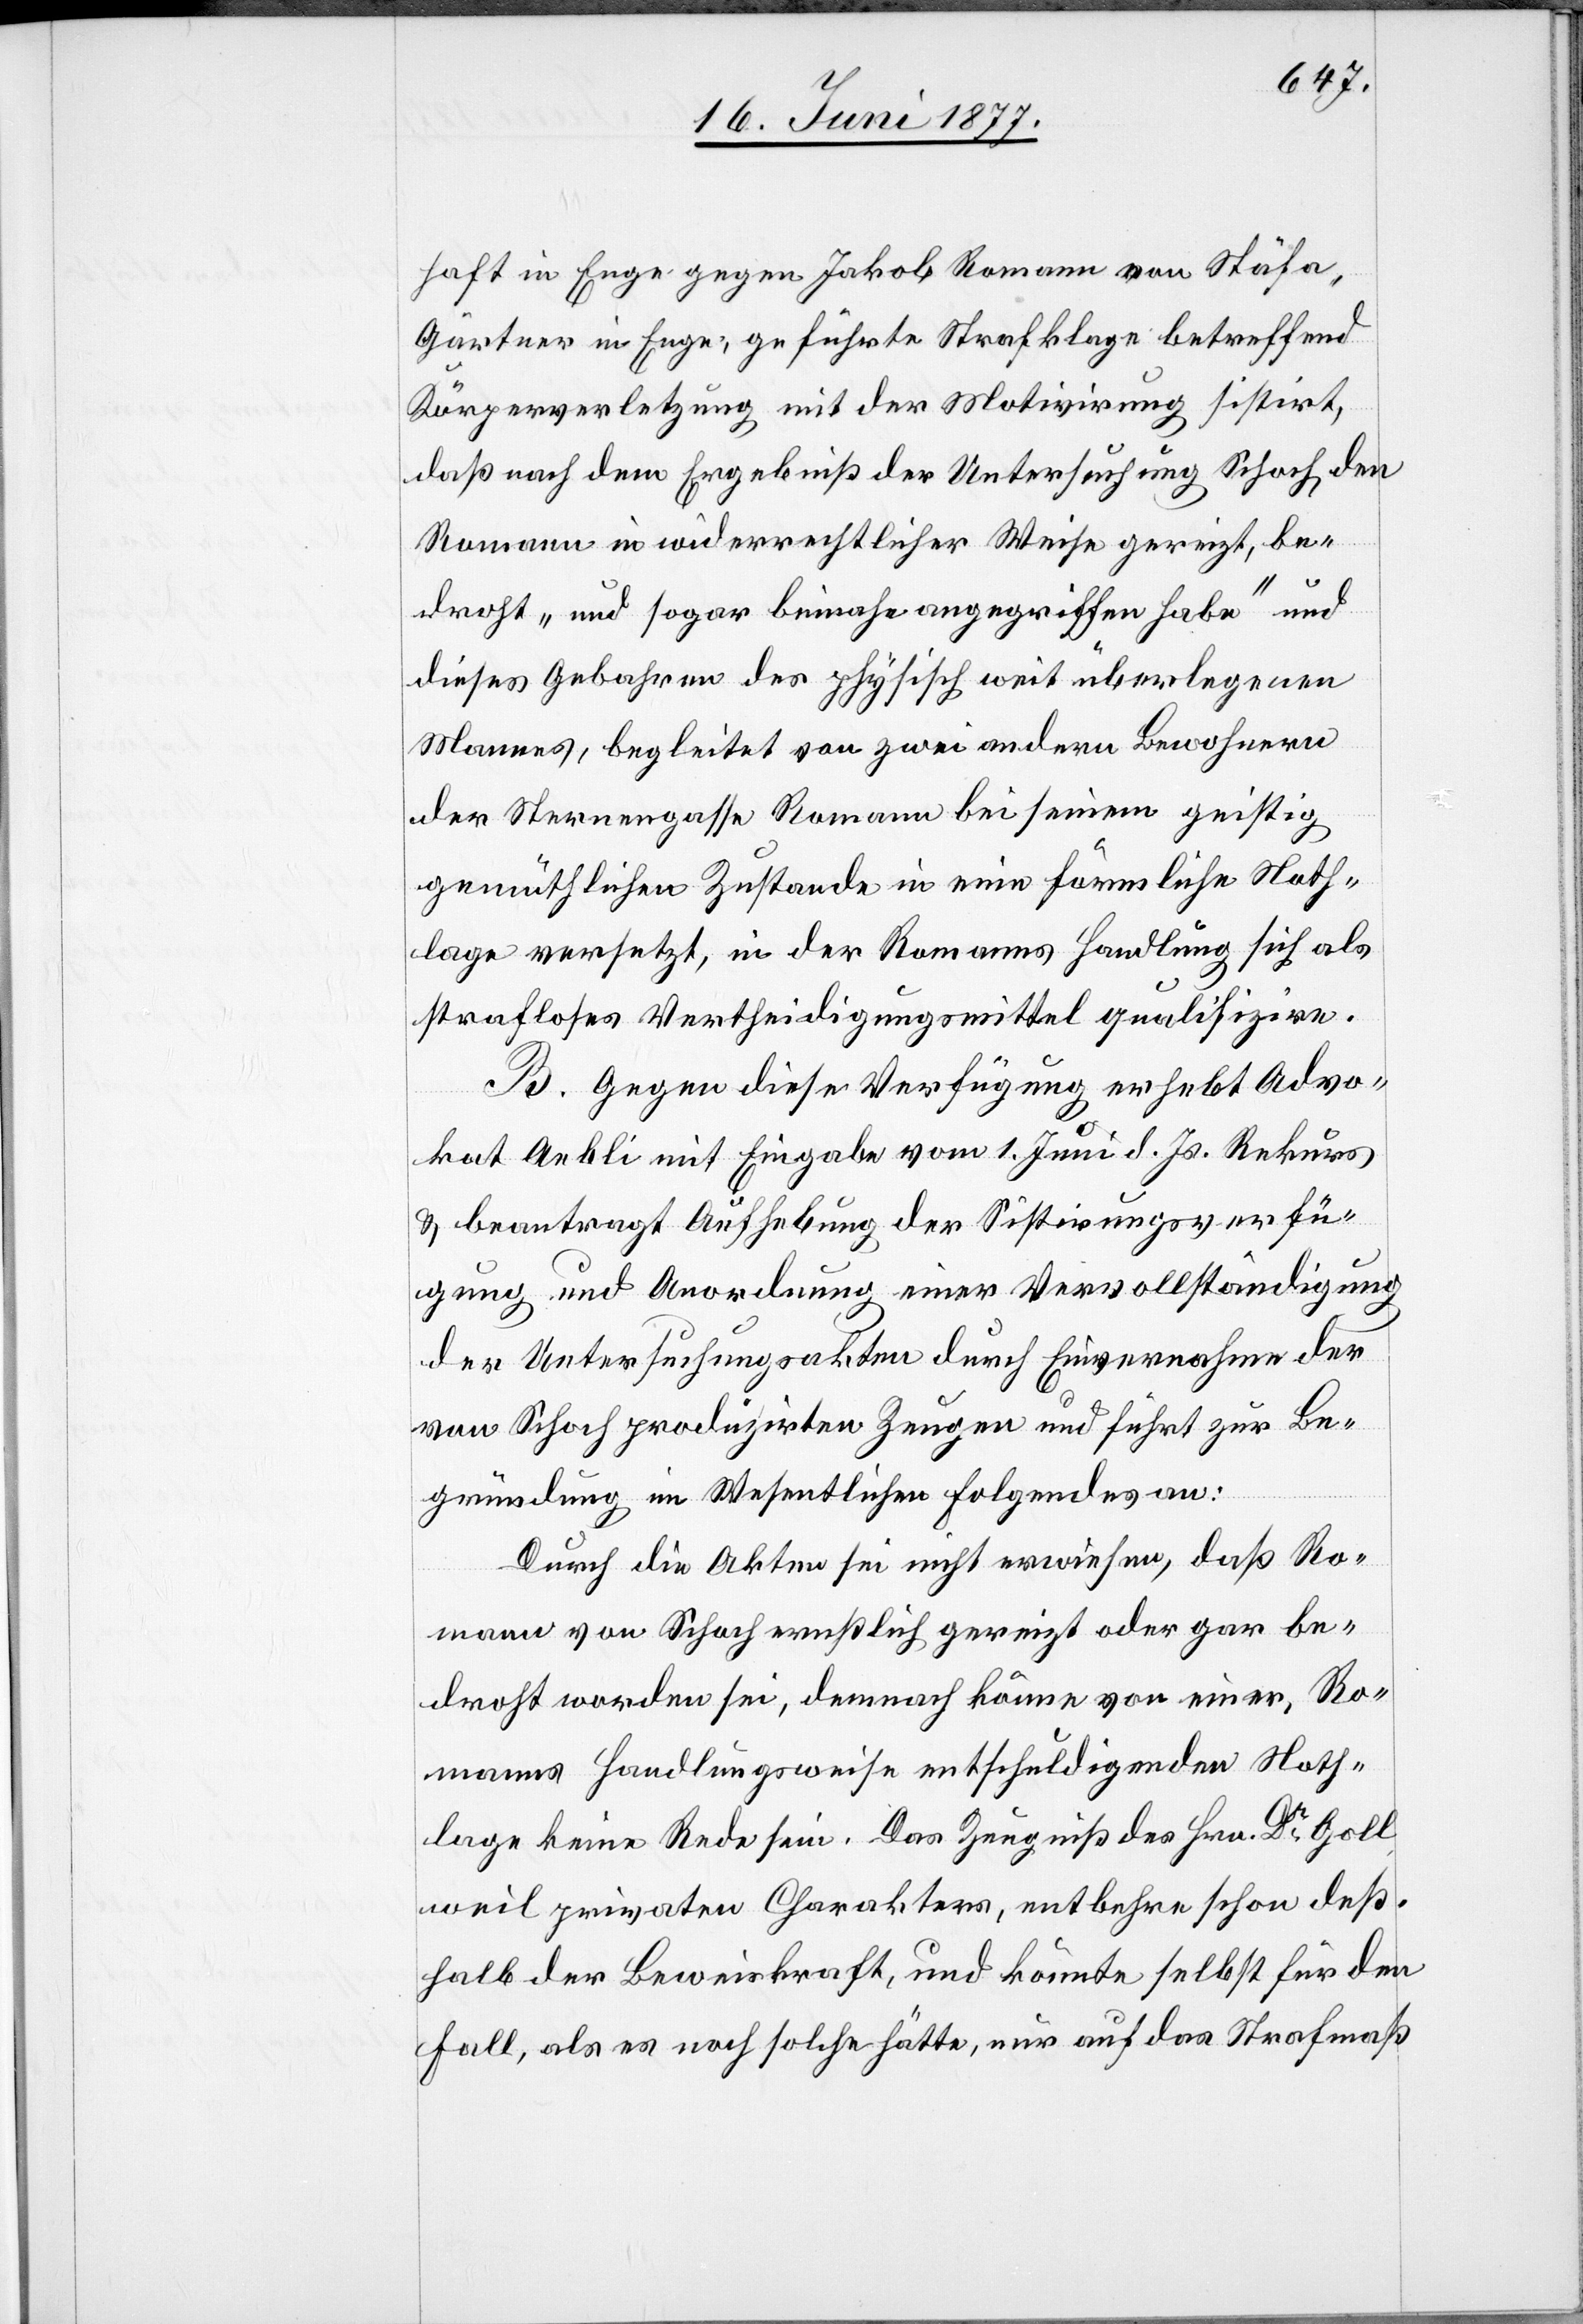
haft in Enge gegen Jakob Romann von Stäfa,
Gärtner in Enge, geführte Strafklage betreffend
Körperverletzung mit der Motivirung sistirt,
daß nach dem Ergebniß der Untersuchung Schoch den
Romann in widerrechtlicher Weise gereizt, be¬
droht „und sogar beinahe angegriffen habe“ und
dieses Gebahren des physisch weit überlegenen
Mannes, begleitet von zwei andern Bewohnern
der Sternengasse Romann bei seinem geistig
gemüthlichen Zustande in eine förmliche Noth¬
lage versetzt, in der Romanns Handlung sich als
strafloses Vertheidigungsmittel qualifizire.
B. Gegen diese Verfügung erhebt Advo¬
kat Aebli mit Eingabe vom 1. Juni d. Js. Rekurs
& beantragt Aufhebung der Sistirungsverfü¬
gung und Anordnung einer Vervollständigung
der Untersuchungsakten durch Einvernahme der
von Schoch produzirten Zeugen und führt zur Be¬
gründung im Wesentlichen Folgendes an:
Durch die Akten sei nicht erwiesen, daß Ro¬
mann von Schoch ernstlich gereizt oder gar be¬
droht worden sei, demnach könne von einer, Ro¬
manns Handlungsweise entschuldigenden Noth¬
lage keine Rede sein. Das Zeugniß des Hrn. Dr Goll,
weil privaten Charakter, entbehre schon des¬
halb der Beweiskraft, und könnte selbst für den
Fall, als es noch solche hätte, nur auf das Strafmaß